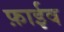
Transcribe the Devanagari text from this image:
फ़ाईव